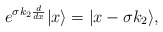
\begin{align*}e^{\sigma k_2{d\over dx}}|x\rangle=|x-\sigma k_2\rangle,\end{align*}